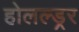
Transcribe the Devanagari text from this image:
होलल्ड्रर